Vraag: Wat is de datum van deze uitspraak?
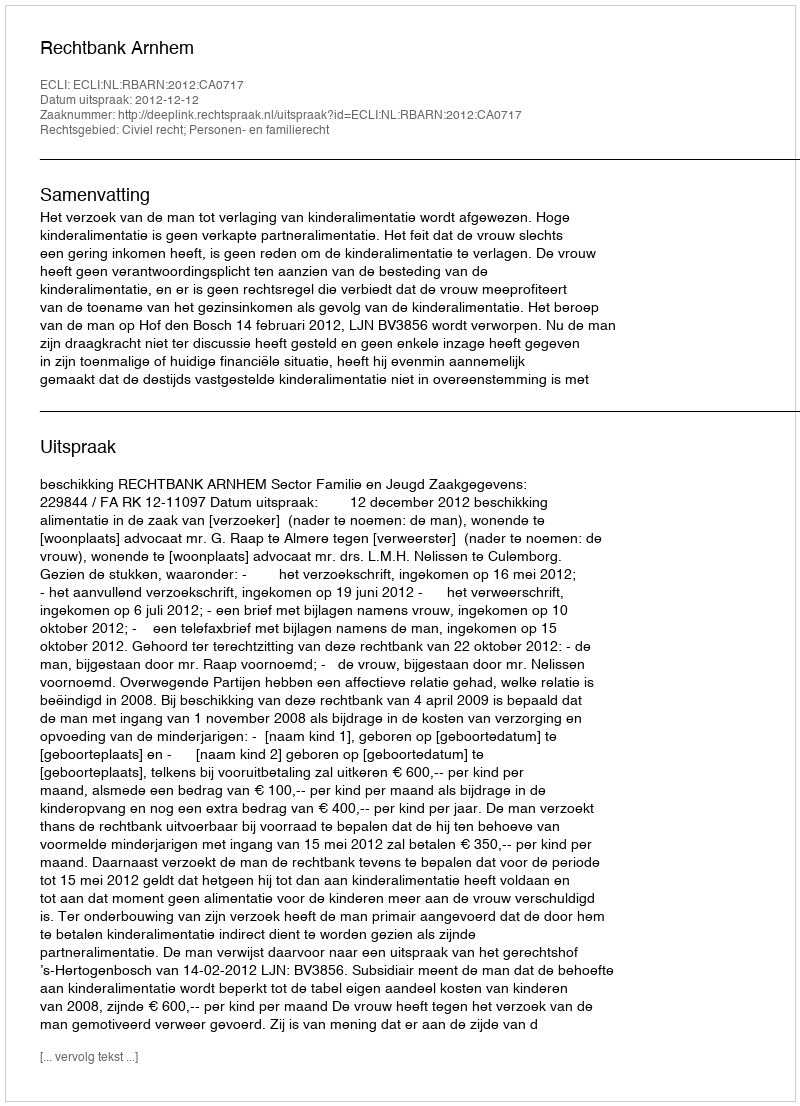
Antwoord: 2012-12-12